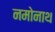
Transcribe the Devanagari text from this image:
नमोनाथ